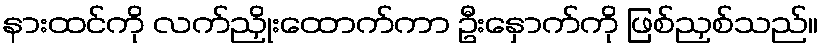
နားထင်ကို လက်ညှိုးထောက်ကာ ဦးနှောက်ကို ဖြစ်ညှစ်သည်။